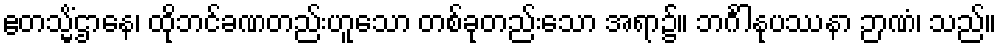
ဧတသ္မိံဌာနေ၊ ထိုဘင်ခဏတည်းဟူသော တစ်ခုတည်းသော အရာ၌။ ဘင်္ဂါနုပဿနာ ဉာဏံ၊ သည်။